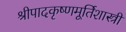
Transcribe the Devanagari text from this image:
श्रीपादकृष्णमूर्तिशास्त्री